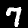
Digit: 7